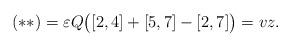
LaTeX: \begin{align*} ( \ast \ast ) = \varepsilon Q \big( [ 2,4 ] + [ 5,7 ] - [ 2,7 ] \big) = vz.\end{align*}